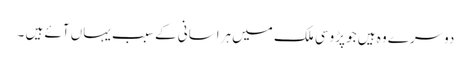
دوسرے وہ ہیں جو پڑوسی ملک میں ہراسانی کے سبب یہاں آئے ہیں ۔